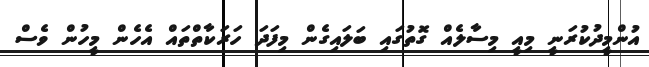
އުންމީދުކުރަނީ މިއީ މިސާލެއް ގޮތުގައި ބަލައިގެން މިފަދަ ހަރަކާތްތައް އެހެން މީހުން ވެސް